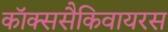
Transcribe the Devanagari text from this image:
कॉक्ससैकिवायरस